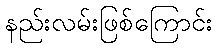
နည်းလမ်းဖြစ်ကြောင်း